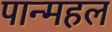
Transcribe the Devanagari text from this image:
पान्महल